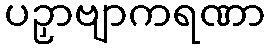
ပဉှာဗျာကရဏာ